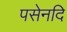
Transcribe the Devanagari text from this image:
पसेनदि